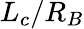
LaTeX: L_{c}/R_{B}